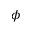
\phi